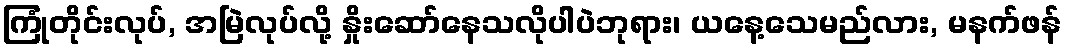
ကြုံတိုင်းလုပ်, အမြဲလုပ်လို့ နှိုးဆော်နေသလိုပါပဲဘုရား၊ ယနေ့သေမည်လား, မနက်ဖန်